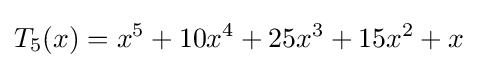
T_{5}(x)=x^{5}+10x^{4}+25x^{3}+15x^{2}+x